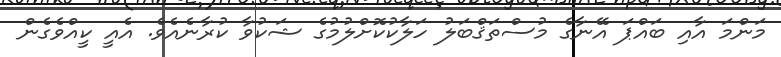
މަންމަ އާއި ބައްޕަ އޭނާގެ މުސްތަޤްބަލު ހަލާކުކޮށްލުމުގެ ޝަކުވާ ކުރާނެއެވެ. އެއީ ކީއްވެގެން